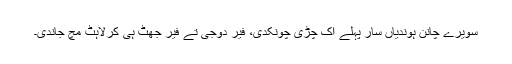
سویرے چانن ہوندیاں سار پہلے اک چڑی چونکدی، فیر دوجی تے فیر جھٹ ہی کُرلاہٹ مچ جاندی۔